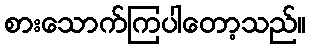
စားသောက်ကြပါတော့သည်။